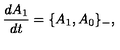
\frac { d A _ { 1 } } { d t } = \{ A _ { 1 } , A _ { 0 } \} _ { - } ,